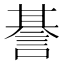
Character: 諅